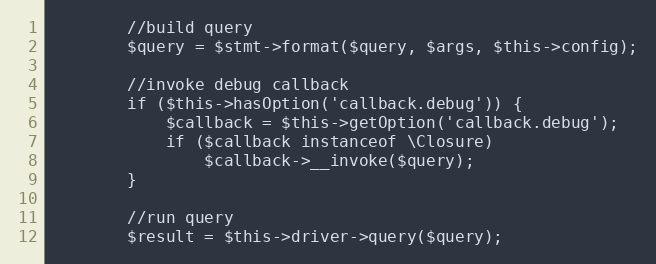
Language: PHP
		//build query
		$query = $stmt->format($query, $args, $this->config);

		//invoke debug callback
		if ($this->hasOption('callback.debug')) {
			$callback = $this->getOption('callback.debug');
			if ($callback instanceof \Closure)
				$callback->__invoke($query);
		}

		//run query
		$result = $this->driver->query($query);